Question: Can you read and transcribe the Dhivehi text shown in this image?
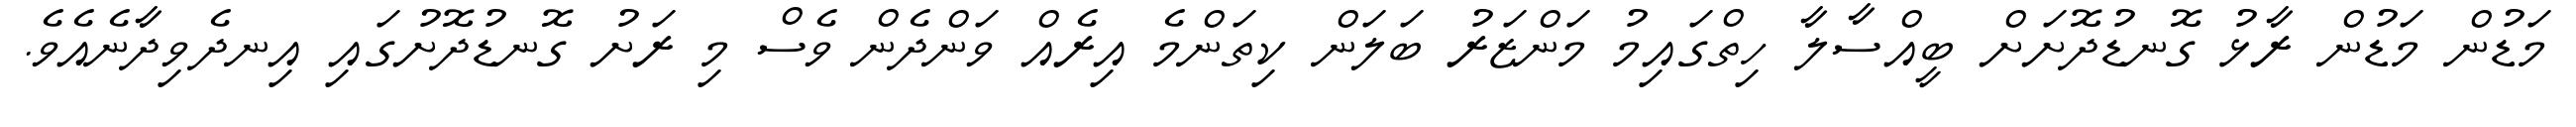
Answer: މަޑުން މަޑުން ރާޅު ގޮނޑުދޮށަށް ބީއްސާލާ ހިތްގައިމު މަންޒަރު ބަލަން ކިތަންމެ އިރެއް ވަންދެން ވެސް މި ރަށު ގޮނޑުދޮށުގައި އިނދެވިދާނެއެވެ.